Papers set at the Examination for Leaving Certificates, 1895
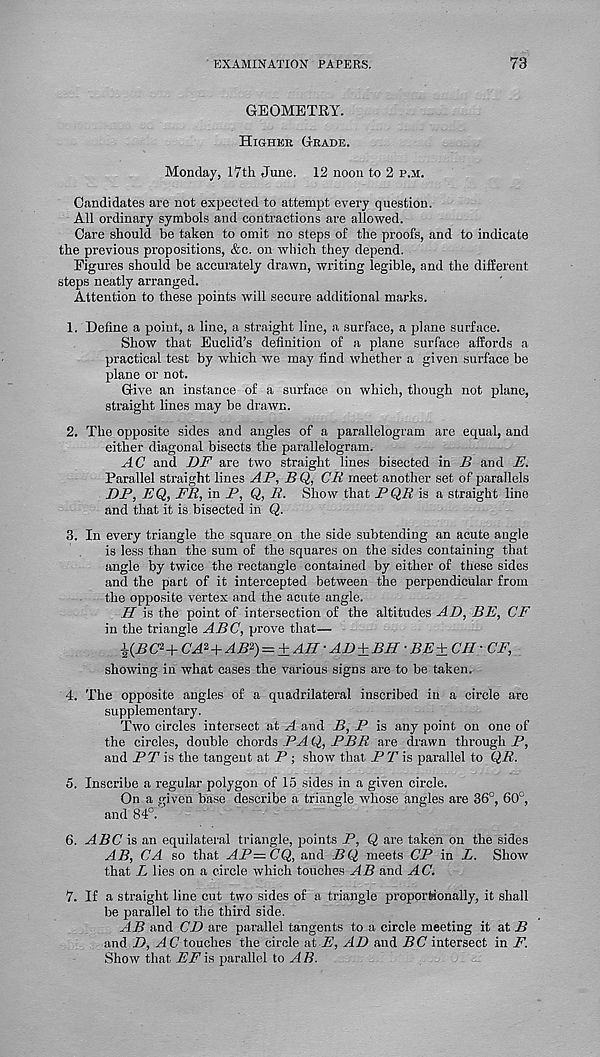
EXAMINATION PAPERS.
73
GEOMETRY.
Higher Grade.
Monday, 17th June. 12 noon to 2 p.m.
Candidates are not expected to attempt every question.
All ordinary symbols and contractions are allowed.
Care should be taken to omit no steps of the proofs, and to indicate
the previous propositions, &c. on which they depend.
Figures should be accurately drawn, writing legible, and the different
steps neatly arranged.
Attention to these points will secure additional marks.
1. Define a point, a line, a straight line, a surface, a plane surface.
Show that Euclid’s definition of a plane surface affords a
practical test by which we may find whether a given surface be
plane or not.
Give an instance of a surface on which, though not plane,
straight lines may be drawn.
2. The opposite sides and angles of a parallelogram are equal, and
either diagonal bisects the parallelogram.
AC and D.F are two straight lines bisected in U and A.
Parallel straight lines /IP, 7i Q, CR meet another set of parallels
DP, EQ, FR, in P, Q, R. Show that PQR is a straight line
and that it is bisected in Q.
3. In every triangle the square on the side subtending an acute angle
is less than the sum of the squares on the sides containing that
angle by twice the rectangle contained by either of these sides
and the part of it intercepted between the perpendicular from
the opposite vertex and the acute angle.
H is the point of intersection of the altitudes AD, BE, CF
in the triangle ABC, prove that—
%(BC*+ CA 2 +AB 2 ) — ±AH'AD±BH ■ BE± CJI • CF,
showing in what cases the various signs are to be taken.
4. The opposite angles of a quadrilateral inscribed in a circle arc
supplementary.
Two circles intersect at A and B, P is any point on one of
the circles, double chords PA Q, PER are drawn through P,
and PT is the tangent at P ; show that PPis parallel to Q,R.
5. Inscribe a regular polygon of 15 sides in a given circle.
On a given base describe a triangle whose angles are 36°, 60°,
and 84°.'
6. ABC is an equilateral triangle, points P, Q are taken on the sides
AB, CA so that AP~ CQ, and BQ meets CP in Z. Show
that L lies on a circle which touches AB and AC.
7. If a straight line cut two sides of a triangle proportionally, it shall
be parallel to the third side.
AB and CD are parallel tangents to a circle meeting it at B
and D, ^4(7 touches the circle at E, AD and BC intersect in F.
Show that EF is parallel to A B.